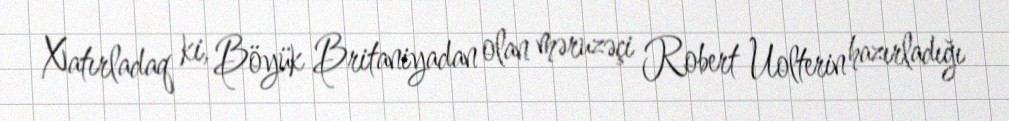
Xatırladaq ki, Böyük Britaniyadan olan məruzəçi Robert Uolterin hazırladığı